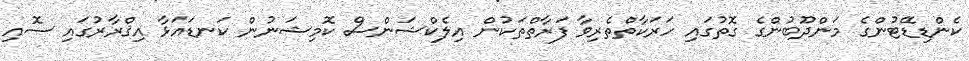
ކެންޑިޑޭޓުންގެ މަންދޫބުންގެ ގޮތުގައި ހަރަކާތްތެރިވާ ފަރާތްތަކުން އިލެކްޝަންސް ކޮމިޝަނުން ކަނޑައަޅާ އިޤްރާރުގައި ސޮއި